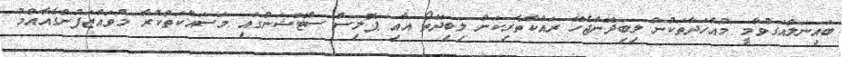
ބައިނަލްއަގުވާމީ މުއާހަދާތަކުން ލިބިދޭންޖެހޭ ރައްކާތެރިކަން ލިބިދޭތޯ އާއި ޕޮލިސް ސްޓޭޝަނުގައި މަސައްކަތްކުރާ މުވައްޒަފުންގެއާއްމު